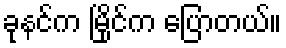
ခုနင်က မြိုင်က ပြောတယ်။